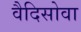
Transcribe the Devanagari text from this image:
वैदिसोवा